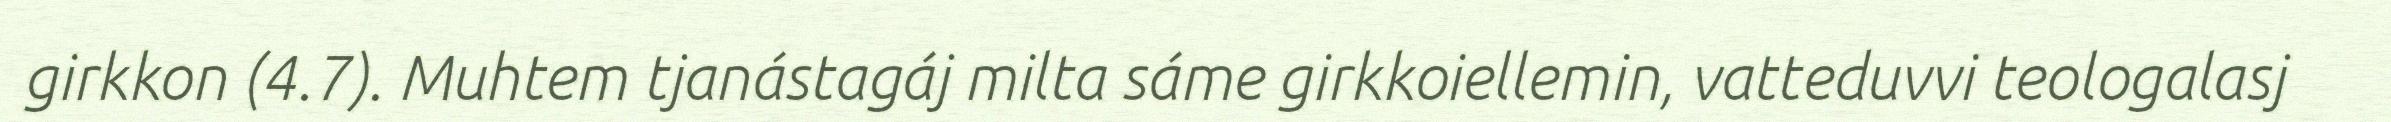
girkkon (4.7). Muhtem tjanástagáj milta sáme girkkoiellemin, vatteduvvi teologalasj